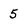
Character: 5